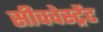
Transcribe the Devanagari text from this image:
सीक्वेस्ट्रेंट